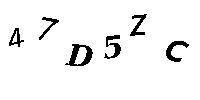
47D5ZC